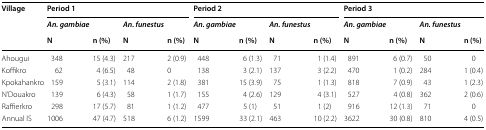
| <ROWSPAN=3> Village | <COLSPAN=4> Period 1 | <COLSPAN=4> Period 2 | <COLSPAN=4> Period 3 |
 | An. gambiae |  | An. funestus |  | An. gambiae |  | An. funestus |  | An. gambiae |  | An. funestus |  |
 | N | n (%) | N | n (%) | N | n (%) | N | n (%) | N | n (%) | N | n (%) |
 | --- | --- | --- | --- | --- | --- | --- | --- | --- | --- | --- | --- | --- |
 | Ahougui | 348 | 15 (4.3) | 217 | 2 (0.9) | 448 | 6 (1.3) | 71 | 1 (1.4) | 891 | 6 (0.7) | 50 | 0 |
 | Koffikro | 62 | 4 (6.5) | 48 | 0 | 138 | 3 (2.1) | 137 | 3 (2.2) | 470 | 1 (0.2) | 284 | 1 (0.4) |
 | Kpokahankro | 159 | 5 (3.1) | 114 | 2 (1.8) | 381 | 15 (3.9) | 75 | 1 (1.3) | 818 | 7 (0.9) | 43 | 1 (2.3) |
 | N’Douakro | 139 | 6 (4.3) | 58 | 1 (1.7) | 155 | 4 (2.6) | 129 | 4 (3.1) | 527 | 4 (0.8) | 362 | 2 (0.6) |
 | Raffierkro | 298 | 17 (5.7) | 81 | 1 (1.2) | 477 | 5 (1) | 51 | 1 (2) | 916 | 12 (1.3) | 71 | 0 |
 | Annual IS | 1006 | 47 (4.7) | 518 | 6 (1.2) | 1599 | 33 (2.1) | 463 | 10 (2.2) | 3622 | 30 (0.8) | 810 | 4 (0.5) |